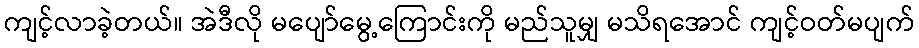
ကျင့်လာခဲ့တယ်။ အဲဒီလို မပျော်မွေ့ကြောင်းကို မည်သူမျှ မသိရအောင် ကျင့်ဝတ်မပျက်